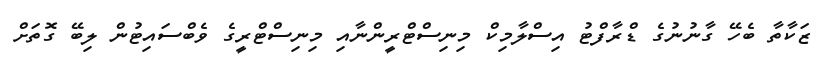
ޒަކާތާ ބެހޭ ގާނުނުގެ ޑްރާފްޓު އިސްލާމިކް މިނިސްޓްރީންނާއި މިނިސްޓްރީގެ ވެބްސައިޓުން ލިބޭ ގޮތަށް